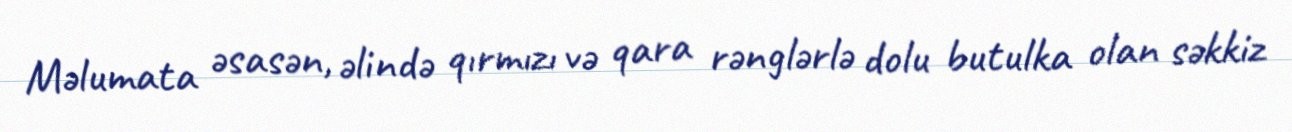
Məlumata əsasən, əlində qırmızı və qara rənglərlə dolu butulka olan səkkiz